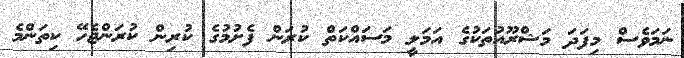
ނަމަވެސް މިފަދަ މަޝްރޫއުތަކުގެ އަމަލީ މަސައްކަތް ކުރަން ފެށުމުގެ ކުރިން ކުރަންޖެހޭ ކިތަންމެ